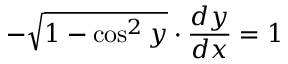
- { \sqrt { 1 - \cos ^ { 2 } y } } \cdot { \frac { d y } { d x } } = 1